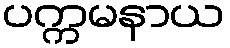
ပက္ကမနာယ